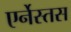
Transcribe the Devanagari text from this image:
एर्नेस्तस